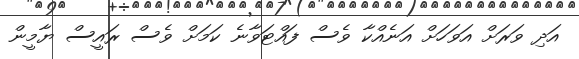
އަދި ވަރަށް އަވަހަށް އަނެއްކާ ވެސް ފައްޓަވާނެ ކަމަށް ވެސް ރައީސް ޔާމީން